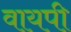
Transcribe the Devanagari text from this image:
वायपी